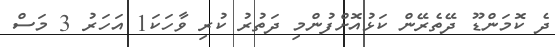
ދެ ކޮމަންޑޫ ދޭތެރޭން ކަޅުއޮށްފުންމި ދަތުރު ކުރި ވާހަކަ1 އަހަރު 3 މަސް